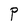
Character: P